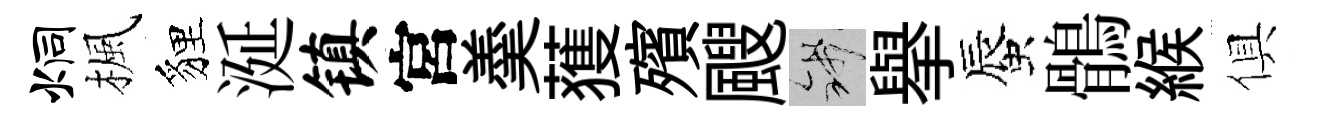
炯楓貍涎镇宮羮𫉬殯颼錢舉蜃鶻緱俱